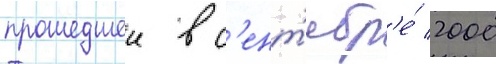
прошедшеи в с'ент'ябр'е́ 2000